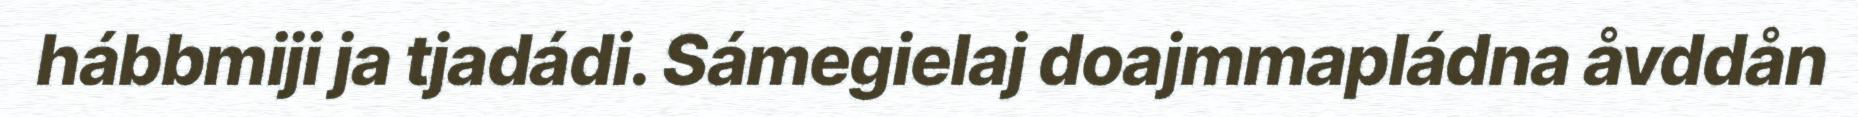
hábbmiji ja tjadádi. Sámegielaj doajmmapládna åvddån